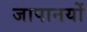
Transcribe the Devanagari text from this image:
जापानयों